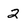
Character: 2